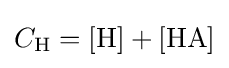
C_{\mathrm {H} }={[\mathrm {H} ]}+{[\mathrm {HA} ]}